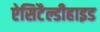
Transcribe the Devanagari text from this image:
ऐसिटैल्डीहाइड